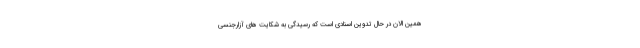
همین الان در حال تدوین اسنادی است که رسیدگی به شکایت های آزارجنسی